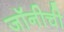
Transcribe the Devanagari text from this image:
जॉनीची